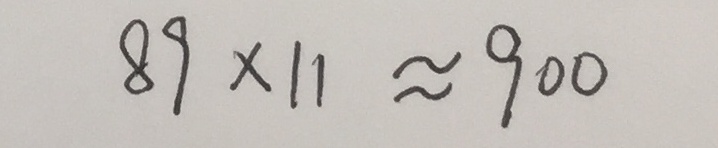
8 9 \times 1 1 \approx 9 0 0